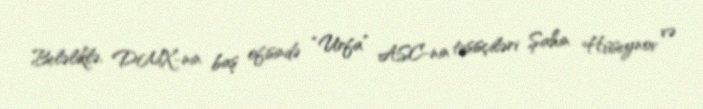
Beləliklə, DMX-nin baş ofisində “Urfa” ASC-nin təsisçiləri Şahin Hüseynov və